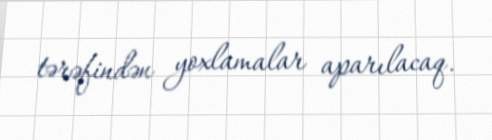
tərəfindən yoxlamalar aparılacaq.